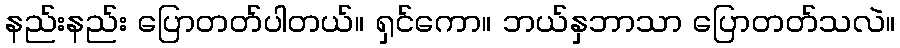
နည်းနည်း ပြောတတ်ပါတယ်။ ရှင်ကော။ ဘယ်နှဘာသာ ပြောတတ်သလဲ။